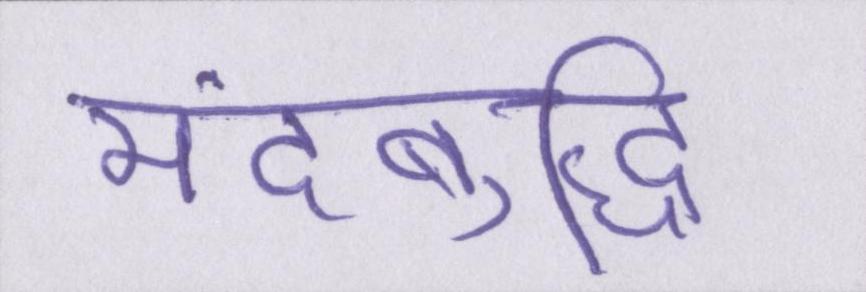
मंदबुद्धि